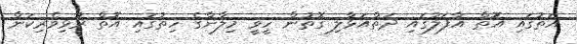
އަތުގައި އޮތް އާފަލުގައި ދަތްއަޅާލި ގޮތުން ހީވީ މިލާންގެ ހިތުގައި އޮތް ރުޅިވެރިކަން